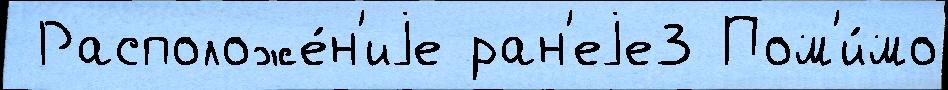
 Расположе́н'иjе ран'еjе3 Пом'и́мо